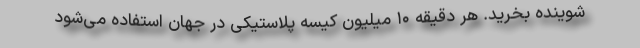
شوینده بخرید. هر دقیقه ۱۰ میلیون کیسه پلاستیکی در جهان استفاده می‌شود